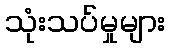
သုံးသပ်မှုများ